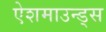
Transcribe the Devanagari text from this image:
ऐशमाउन्ड्स